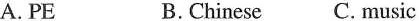
A. PE B. Chinese C. music